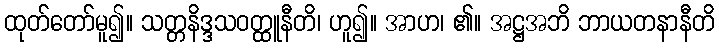
ထုတ်တော်မူ၍။ သတ္တနိဒ္ဒသဝတ္ထူနီတိ၊ ဟူ၍။ အာဟ၊ ၏။ အဋ္ဌအဘိ ဘာယတနာနီတိ